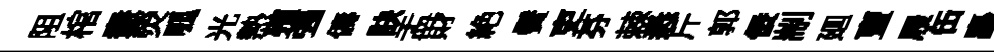
阻棺盍熒呱光熱殯强儔訣盂財絶鬢吏芬棘悉斤郭佞剬廽亶屐缶矗